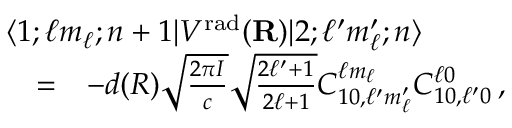
\begin{array} { r l r } { \lefteqn { \langle 1 ; \ell m _ { \ell } ; n + 1 | V ^ { \mathrm { r a d } } ( { \bf R } ) | 2 ; \ell ^ { \prime } m _ { \ell } ^ { \prime } ; n \rangle } } \\ & { = } & { - d ( R ) \sqrt { \frac { 2 \pi I } { c } } \sqrt { \frac { 2 \ell ^ { \prime } + 1 } { 2 \ell + 1 } } C _ { 1 0 , \ell ^ { \prime } m _ { \ell } ^ { \prime } } ^ { \ell m _ { \ell } } C _ { 1 0 , \ell ^ { \prime } 0 } ^ { \ell 0 } \, , } \end{array}